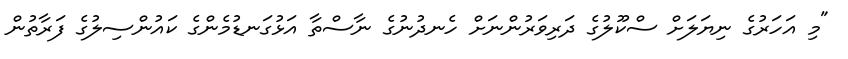
"މި އަހަރުގެ ނިޔަލަށް ސްކޫލުގެ ދަރިވަރުންނަށް ހެނދުނުގެ ނާސްތާ އަޅުގަނޑުމެންގެ ކައުންސިލުގެ ފަރާތުން